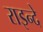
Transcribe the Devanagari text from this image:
राइन्दे